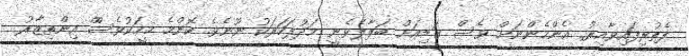
ފެތުރިފައިވާާއިރު